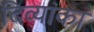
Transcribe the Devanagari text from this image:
दिव्यांका